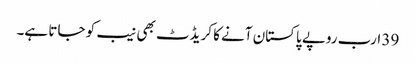
39 ارب روپے پاکستان آنے کا کریڈٹ بھی نیب کو جاتا ہے۔